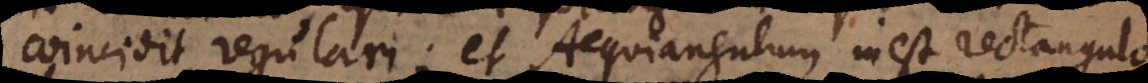
coincidit regulari; et Aequiangulum inest rectangulo,